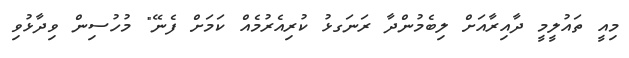
މިއީ ތައުލީމީ ދާއިރާއަށް ލިބެމުންދާ ރަނަގޅު ކުރިއެރުމެއް ކަމަށް ފެނޭ" މުހުސިން ވިދާޅުވި